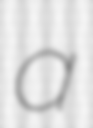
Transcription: a